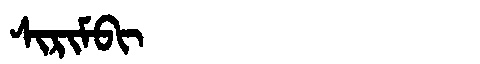
Manchu: ᠰᡳᡵᡳᠮᠪᡳ
Romanization: SIRIMBI